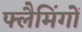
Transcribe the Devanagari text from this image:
फ्लैमिंगों